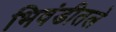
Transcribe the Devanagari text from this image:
भिवंडीतले